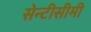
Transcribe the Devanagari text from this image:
सेन्टीसीमी